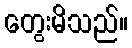
တွေးမိသည်။